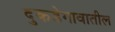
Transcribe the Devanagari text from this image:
दुकडेगावातील